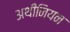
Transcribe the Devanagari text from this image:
अथीनियन